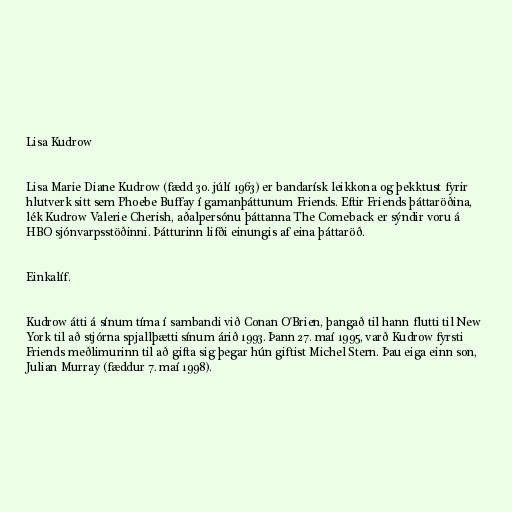
Lisa Kudrow

Lisa Marie Diane Kudrow (fædd 30. júlí 1963) er bandarísk leikkona og þekktust fyrir
hlutverk sitt sem Phoebe Buffay í gamanþáttunum Friends. Eftir Friends þáttaröðina,
lék Kudrow Valerie Cherish, aðalpersónu þáttanna The Comeback er sýndir voru á
HBO sjónvarpsstöðinni. Þátturinn lifði einungis af eina þáttaröð.

Einkalíf.

Kudrow átti á sínum tíma í sambandi við Conan O'Brien, þangað til hann flutti til New
York til að stjórna spjallþætti sínum árið 1993. Þann 27. maí 1995, varð Kudrow fyrsti
Friends meðlimurinn til að gifta sig þegar hún giftist Michel Stern. Þau eiga einn son,
Julian Murray (fæddur 7. maí 1998).